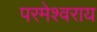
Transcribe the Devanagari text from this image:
परमेश्वराय